Vital statistics of India. Vol. VI, European troops 1870-79
Year: 1870
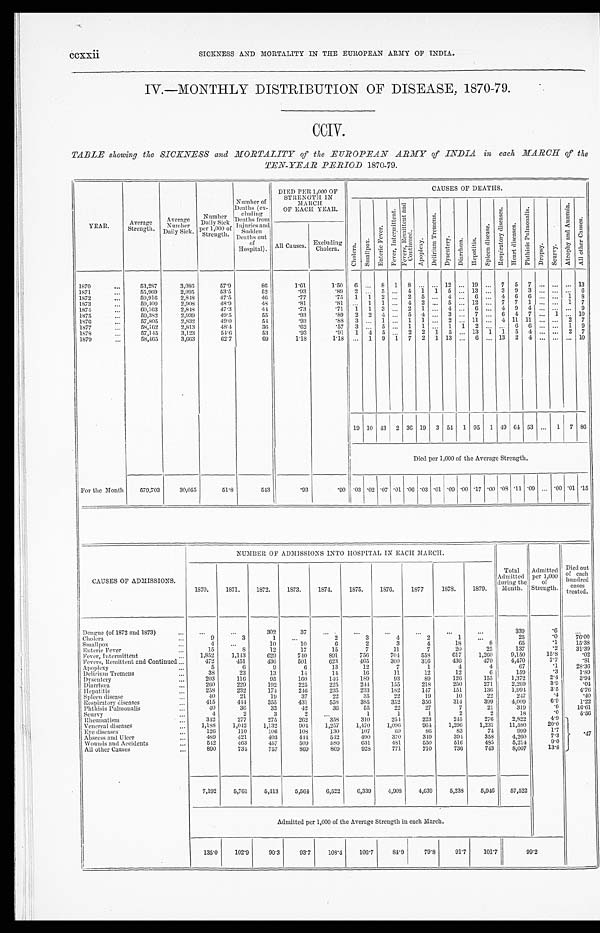
CCXXiiCCXXii SICKNESS AND MORTALITY IN THE EUROPEAN ARMY OF INDIA.
IV.—MONTHLY DISTRIBUTION OF DISEASE, 1870-79.
CCIV.
TABLE showing the SICKNESS and MORTALITY of the EUROPEAN ARMY of INDIA in each MARCH of the
TEN-YEAR PERIOD 1870-79.
YEAR.
Average
Strength .
Average
Number
Daily Sick. '
Number
D a i l y S i c k p e r 1 , 0 0 0 o f S t r e n g t h .
Number of
De a t h s ( e x - c l u d i n g De a t h s f r o m I n j u r i e s a n d S u d d e n De a t h s o u t o f Ho s p i t a l ) .
DIED PER 1,000 OF
STRENGTH IN
MARCH
OF EACH YEAR.
CAUSES OF DEATHS.
C h o l e r a .
S ma l l p o x .
E n t e r i c F e v e r .
F e v e r , I n t e r m i t t e n t .
F e v e r , R e m i t t e n t a n d C o n t i n u e s .
A p o p l e x y .
D e l i r i u m T r e m e n s .
Dys e nt r y.
D i a r r h œ a . Hepatitis.
S p l e e n d i s e a s e .
R e s p i r a t o r y s i s e a s e s .
He a r t d i s e a s e s .
P h t h i s i s P u l mo n a l i s .
D r o p s y .
S e u r v y .
A t r o p h y a n d æmi a .
Al l o t h e r Ca u s e s .
All Causes. Excluding •
'
Cholera.
1870
53,287
3,086
57.9
86
1.61
1.50
6 ...
8
1
8 ... ... 12 ... 19 ...
7
5
7 ... ... ... 13
1871
55,969
2,995
53.5
52
.93
.89
2 ...
5 ...
4
1
1
5 ... 13 ...
3
9
3 ... ...
. . . 6
1872
59,916
2,848
47.5
46
.77
.75
1
1
2 ...
2
5 ...
4 ...
6 ...
4
6
6 ... ... 1
8
1873
59,409
2,908
48.9
48 .81
.81
. . . 1
1 ...
4
2 ...
5 ... 12 ...
7
7
1 ... ... 1
7
1874
60,163
2,848
47.3
44
.73
.71
1
1
3 ...
2
1 ...
4 ...
6 ...
4
9
4 ...
. . . ...
9
1875
59,382
2,939
49.5
55
.93
.89
2
2
4 ...
5
4
...
3 ...
7 ...
6
4
7 ...
1 ... 10
1376
57,805
2,832
49.0
54
.93
.88
3 ...
1 ...
1
1 ...
2 ... 11 ...
4 11 11 ... ...
2
7
1877
58,162
2,813
48.4
36
.62
.57
3 ...
5 ...
1
1 ...
1
1
2 ... ...
6
6 ... ...
1 9
1878
57,145
3,123
54.6
53
.93
.91
1
4
5 ...
2
2
1
5 ... 13
1
1
5
4 ... ... 2
7
1879
58,165
3,663
6 2 . 7
69
1.18
1.18
...
1
9
1
7
2
1 13 ...
6 ... 13
2
4 ... ... ... 10
19 10 43
2 36 19
3 54
1 95
1 49 64 53 ...
1
7 86
Died per 1,000 of the Average Strength.
For the Month
579,703
30,055
51'8
543
'93
. 9 0 .03 .02 .07 .01 .06 .03 .01 .09 .00 .17 .00 .08 .11 .09 ... .00 .01 .15
CAUSES OF ADMISSIONS.
NUMBER OF ADMISSIONS INTO HOSPITAL IN EACH MARCH.
Total
Admitted
during the
Month.
Admitted
per 1,000
of
Strength.
Died out
of each
hundred
cases
treated.
1870.
1871.
1872.
1873.
1874.
1875.
1876.
1877.
1878.
1879.
Dengue (of 1872 and 1873)
...
...
302
37
...
...
...
...
...
. . .
339
. 6
...
Cholera
9
3
1
...
2
3
4
2
1
...
25
. 0
76.00
Smallpox
4
...
10
10
6
2
3
4
18
8
65
.1
15.38
Enteric Fever
15
8
12
17
15
7
11
7
20
25
137
.2
31.39
Fever, Intermittent
1,852
1,143
629
740
891
756
704
558
617
1,260
9,150
15.8
.02
Fevers, Remittent and Continued
472
451
436
501
623
465
300
316
436
470
4,470
7.7
.81
Apoplexy
5
6
9
6
13
12
7
1
4
4I
67
.1
28.36
Delirium Tremens
38
23
13
14
14
16
11
12
12
6
159
. 3
1.89
Dysentery
203
116
95
160
146
189
93
89
126
155
1,372
2 . 4
3.94
Diarrhœa
260
229
192
225
225
2 4 4
155
218
250
271
2,269
3.9
.04
Hepatitis
258
232
174
246
235
233
182
147
151
136
1,994
3.5
4.76
Spleen disease
40
21
19
37
22
35
22
19
10
22
247
.4
.40
Respiratory diseases
415
444
355
431
558
385
352
356
314
399
4,009
6.9
1.22
Phthisis Pulmonalis
40
36
33
42
36
55
2 2
27
7
21
319
.6
16.61
Seurvy
4
2
3
2
...
1
1
1
2
2
18
. 0
5.56
Rheumatism
342
277
275
262
358
310
254
223
245
276
2,822
4.9
.47
Venereal diseases
1,188
1,042
1,132
904
1,257
1,470
1,096
964
1,296
1,231
11,580
20.0
Eye diseases
126
110
106
108
130
107
69
86
83
74
999
1 . 7
Abscess and Ulcer
489
421
403
444
542
490
370
349
394
358
4,260
7.3
Wounds and Accidents
542
463
457
509
580
631
481
550
516
485
5,214
9.0
All other Causes
890
734
757
869
869
928
771
710
736
743
8,007
13.8
7,192
5,761
5,413
5,564
6,522
6,339
4,908
4,639
5,238
5,946
57,522
Admitted per 1,000 of the Average Strength in each March.
135.0
102.9
90.3
93.7
103.4
106.7
84.9
79.8
9 1 . 7
101.7
99.2